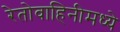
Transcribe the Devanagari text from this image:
रेतोवाहिनीमध्ये